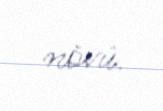
növü.